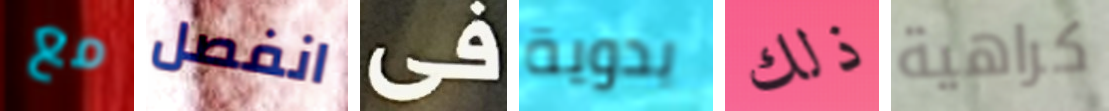
مع انفصل فى يدوية ذلك كراهية